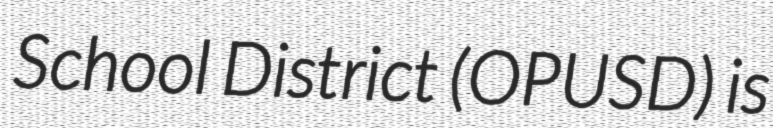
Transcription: School District (OPUSD) is